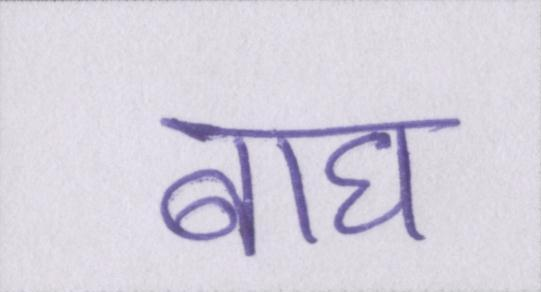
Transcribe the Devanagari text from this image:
बाघ